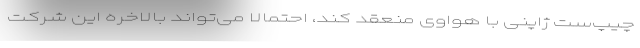
چیپ‌ست ژاپنی با هواوی منعقد کند، احتمالا می‌تواند بالاخره این شرکت